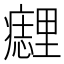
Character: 𰤈